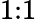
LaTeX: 1{:}1